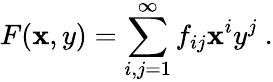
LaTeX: F(\mathbf{x},y)=\sum_{i,j=1}^{\infty}f_{ij}\mathbf{x}^{i}y^{j}\ .